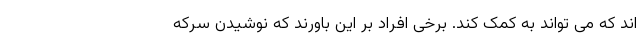
اند که می تواند به کمک کند. برخی افراد بر این باورند که نوشیدن سرکه